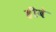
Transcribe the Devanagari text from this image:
हीबे